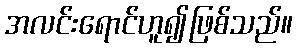
အလင်းရောင်ဟူ၍ဖြစ်သည်။